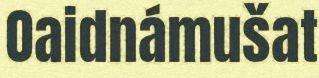
Oaidnámušat